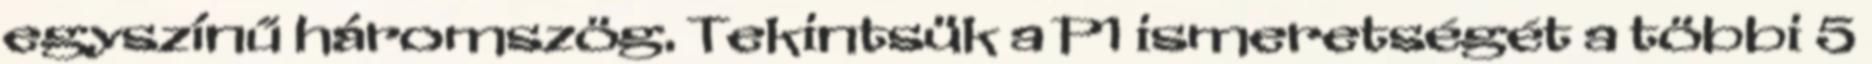
egyszínű háromszög. Tekintsük a P1 ismeretségét a többi 5